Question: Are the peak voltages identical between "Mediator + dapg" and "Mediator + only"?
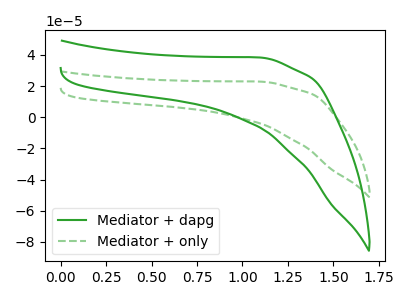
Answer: <think>The green curve "Mediator + dapg" has no peaks. The green dashed curve "Mediator + only" has no peaks.</think>
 <answer>Niether CV has any peaks.</answer>
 <eval>blanks</eval>